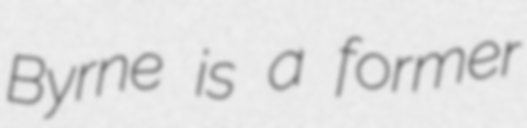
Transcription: Byrne is a former